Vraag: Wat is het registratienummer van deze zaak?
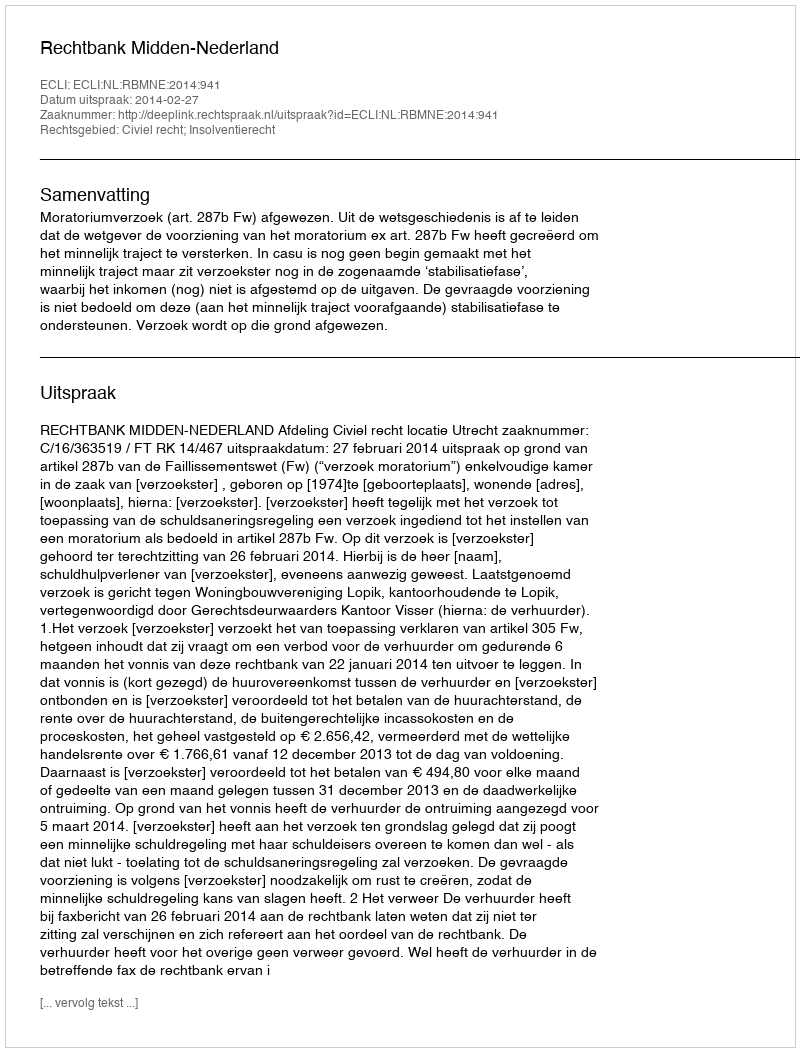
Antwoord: http://deeplink.rechtspraak.nl/uitspraak?id=ECLI:NL:RBMNE:2014:941